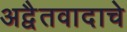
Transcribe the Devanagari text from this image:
अद्वैतवादाचे